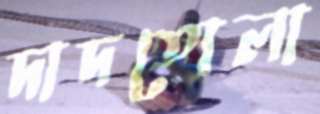
দাদতোলা